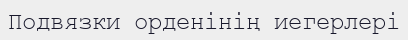
Подвязки орденінің иегерлері